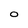
Character: 0